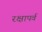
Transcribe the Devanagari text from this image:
रक्षापर्व